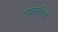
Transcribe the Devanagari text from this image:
एपोलॉनिया